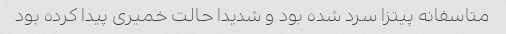
متاسفانه پیتزا سرد شده بود و شدیدا حالت خمیری پیدا کرده بود